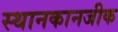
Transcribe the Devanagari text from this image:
स्थानकानजीक